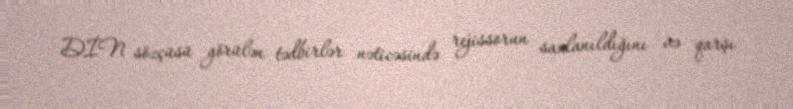
DİN sözçüsü görülən tədbirlər nəticəsində rejissorun saxlanıldığını və qarşı